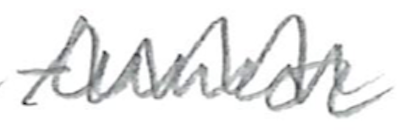
Text: tumor
Cross-out: zig-zag
Writing tool: pencil